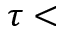
\tau <